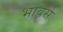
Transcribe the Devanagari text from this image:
भावसे